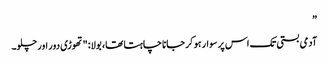
”
آدمی بستی تک اس پر سوار ہو کر جانا چاہتا تھا، بولا: "تھوڑی دور اور چلو۔